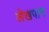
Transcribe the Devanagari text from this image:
लेखपान